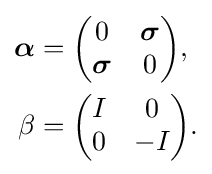
{\begin{aligned}{\boldsymbol {\alpha }}&={\begin{pmatrix}0&{\boldsymbol {\sigma }}\\{\boldsymbol {\sigma }}&0\end{pmatrix}},\\\beta &={\begin{pmatrix}I&0\\0&-I\end{pmatrix}}.\end{aligned}}